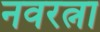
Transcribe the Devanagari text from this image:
नवरत्ना